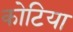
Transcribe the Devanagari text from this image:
कोटिया